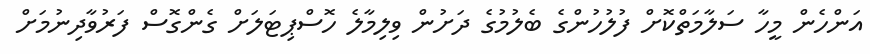
އަންހެން މީހާ ސަލާމަތްކޮށް ފުލުހުންގެ ބެލުމުގެ ދަށުން ވިލިމާލެ ހޮސްޕިޓަލަށް ގެންގޮސް ފަރުވާދިނުމަށް